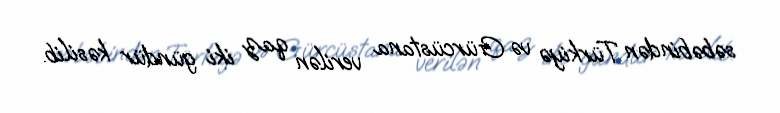
səbəbindən Türkiyə və Gürcüstana verilən qaz iki gündür kəsilib.